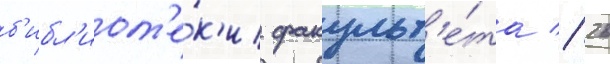
б'ибл'иот'е́к'и факульт'е́та // 26